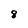
Character: 8